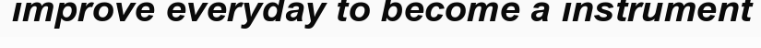
improve everyday to become a instrument